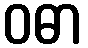
ဝဓာ